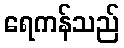
ရေကန်သည်